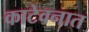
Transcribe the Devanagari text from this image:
काटेवनात